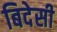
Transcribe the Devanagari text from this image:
बिदेसी